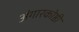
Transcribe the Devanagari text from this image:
अंगारकोष्ठी